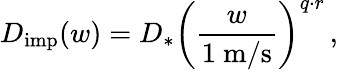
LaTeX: D_{\mathrm{imp}}(w)=D_{*}\left(\frac{w}{1\ \mathrm{m/s}}\right)^{q\cdot r}\, ,